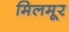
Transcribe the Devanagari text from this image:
मिलमूर